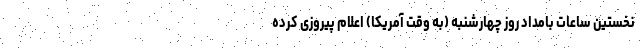
نخستین ساعات بامداد روز چهارشنبه (به وقت آمریکا) اعلام پیروزی کرده